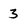
Character: 3